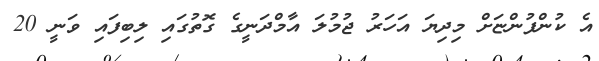
އެ ކުންފުންޏަށް މިދިޔަ އަހަރު ޖުމުލަ އާމްދަނީގެ ގޮތުގައި ލިބިފައި ވަނީ 20